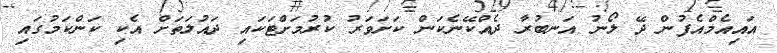
އައިއެމްއެފުން ދޭ ލޯނު އަނބުރާ ދެއްކޭނެކަން ކަށަވަރު ކުރުމަށްޓަކައި ދައުލަތަށް އެކި ކަންކަމުގައި